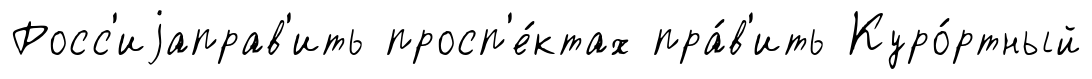
Росс'иjаправ'ить просп'е́ктах пра́в'ить Куро́ртный